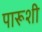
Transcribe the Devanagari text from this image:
पारूशी